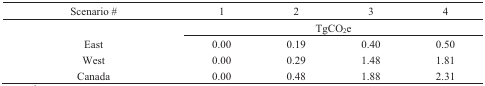
<table><thead><tr><td><b>Scenario #</b></td><td><b>1</b></td><td><b>2</b></td><td><b>3</b></td><td><b>4</b></td></tr></thead><tbody><tr><td></td><td colspan="4">TgCO<sub>2</sub>e</td></tr><tr><td>East</td><td>0.00</td><td>0.19</td><td>0.40</td><td>0.50</td></tr><tr><td>West</td><td>0.00</td><td>0.29</td><td>1.48</td><td>1.81</td></tr><tr><td>Canada</td><td>0.00</td><td>0.48</td><td>1.88</td><td>2.31</td></tr></tbody></table>